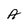
Character: A